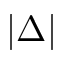
| \Delta |